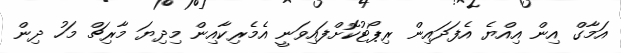
އަމާގް އިން އިއްޔެ އެފަދައިން ރިޕޯޓުކޮށްފައިވަނީ އެމެރިކާއިން މިދިޔަ މާރިޗް މަހު ދިން